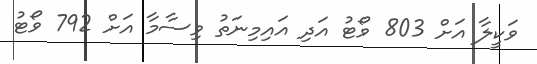
ވަކީލާ އަށް 803 ވޯޓު އަދި އައިމިނަތު ވިސާމާ އަށް 792 ވޯޓު